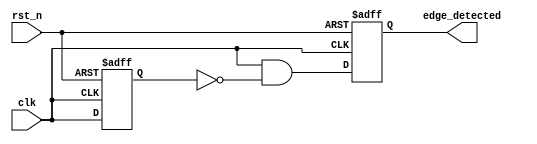
module edge_detector (
    input wire clk,            // Input signal to detect the rising edge
    input wire rst_n,         // Active low reset signal
    output reg edge_detected   // Output pulse for edge detection
);

// Internal signal to store the previous state of the input signal
reg prev_state;

// D Flip-Flop to store the previous state of the input signal
always @(posedge clk or negedge rst_n) begin
    if (!rst_n) begin
        prev_state <= 1'b0;  // Reset the previous state to 0
    end else begin
        prev_state <= clk;    // Store the current state of clk
    end
end

// Edge detection logic
always @(posedge clk or negedge rst_n) begin
    if (!rst_n) begin
        edge_detected <= 1'b0; // Reset the edge detected output
    end else begin
        edge_detected <= (clk && !prev_state); // Generate pulse on rising edge
    end
end

endmodule